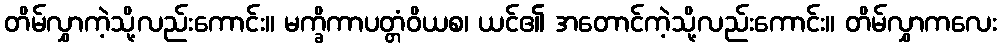
တိမ်လွှာကဲ့သို့လည်းကောင်း။ မက္ခိကာပတ္တံဝိယစ၊ ယင်၏ အတောင်ကဲ့သို့လည်းကောင်း။ တိမ်လွှာကလေး